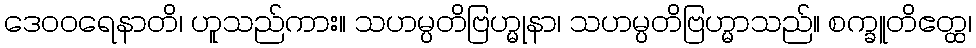
ဒေဝဝရေနာတိ၊ ဟူသည်ကား။ သဟမ္ပတိဗြဟ္မုနာ၊ သဟမ္ပတိဗြဟ္မာသည်။ စက္ခူတိဧတ္ထ၊